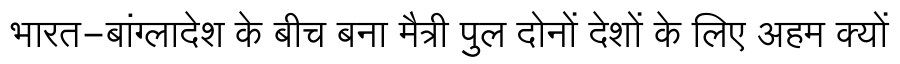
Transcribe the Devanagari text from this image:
भारत-बांग्लादेश के बीच बना मैत्री पुल दोनों देशों के लिए अहम क्यों